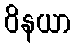
ဝိနယာ